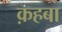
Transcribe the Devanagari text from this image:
क़हबा